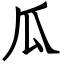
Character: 瓜